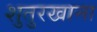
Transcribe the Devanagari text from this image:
शुतुरखाना